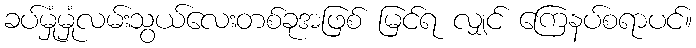
ခပ်မှုံမှုံလမ်းသွယ်လေးတစ်ခုအဖြစ် မြင်ရ လျှင် ကြေနပ်စရာပင်။